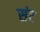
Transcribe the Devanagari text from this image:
संट